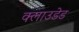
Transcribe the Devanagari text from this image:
क्लाउडेड